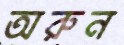
অরুন